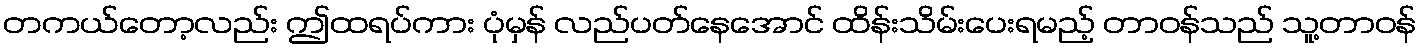
တကယ်တော့လည်း ဤထရပ်ကား ပုံမှန် လည်ပတ်နေအောင် ထိန်းသိမ်းပေးရမည့် တာဝန်သည် သူ့တာဝန်